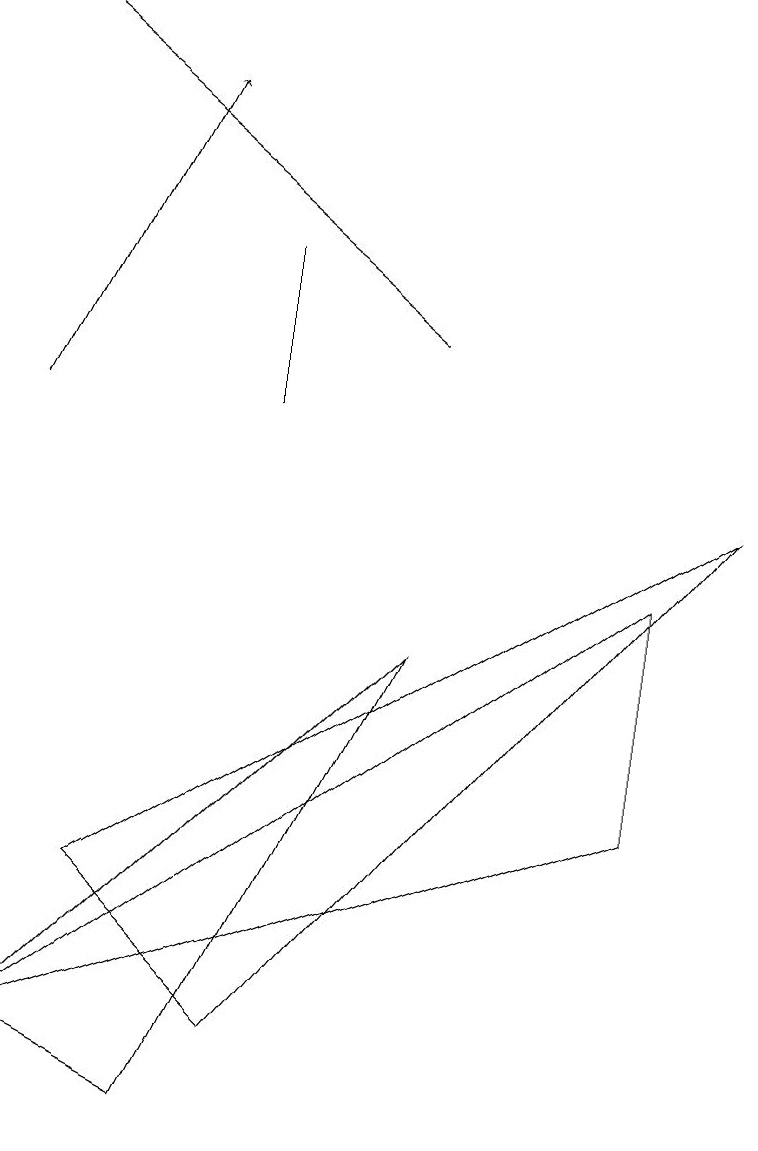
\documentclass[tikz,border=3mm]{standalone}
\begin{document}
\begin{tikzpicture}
\draw[->] (5,11) -- (0,15);
\draw (3,10) rectangle (3,12);
\draw (0,2) -- (8,5) -- (8,8) -- cycle;
\draw (9,9) -- (3,2) -- (1,4) -- cycle;
\draw[->] (0,10) -- (2,14);
\draw (2,1) -- (0,2) -- (5,7) -- cycle;
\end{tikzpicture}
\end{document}